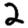
Digit: 2